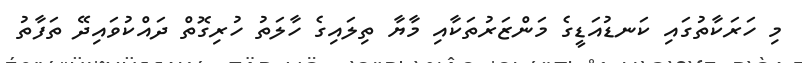
މި ހަރަކާތުގައި ކަނޑުއަޑީގެ މަންޒަރުތަކާއި މާޔާ ތިލައިގެ ހާލަތު ހުރިގޮތް ދައްކުވައިދޭ ތަފާތު